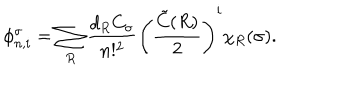
\phi _ { n , i } ^ { \sigma } = \sum _ { R } \frac { d _ { R } C _ { \sigma } } { n ! ^ { 2 } } \left( \frac { \tilde { C } ( R ) } { 2 } \right) ^ { i } \chi _ { R } ( \sigma ) .